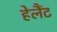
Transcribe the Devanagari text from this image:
हेलैंट